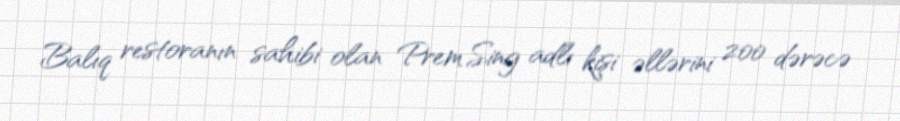
Balıq restoranın sahibi olan Prem Sing adlı kişi əllərini 200 dərəcə